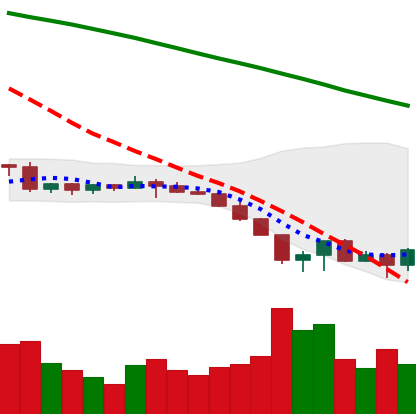
Ticker: EOS-USD
Chart end date: 2022-06-19
Forward return: 4.032%
Label: up_3_5